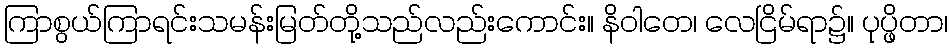
ကြာစွယ်ကြာရင်းသမန်းမြတ်တို့သည်လည်းကောင်း။ နိဝါတေ၊ လေငြိမ်ရာ၌။ ပုပ္ဖိတာ၊